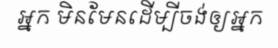
អ្នក មិនមែនដើម្បីចង់ឲ្យអ្នក